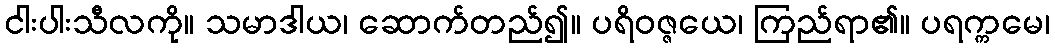
ငါးပါးသီလကို။ သမာဒါယ၊ ဆောက်တည်၍။ ပရိဝဇ္ဇယေ၊ ကြည်ရာ၏။ ပရက္ကမေ၊